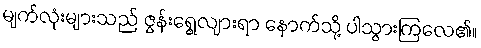
မျက်လုံးများသည် ဇွန်းရွေ့လျားရာ နောက်သို့ ပါသွားကြလေ၏။